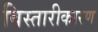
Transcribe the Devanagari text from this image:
विस्तारीकारण